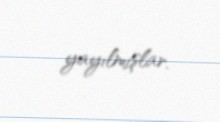
yayılmışlar.